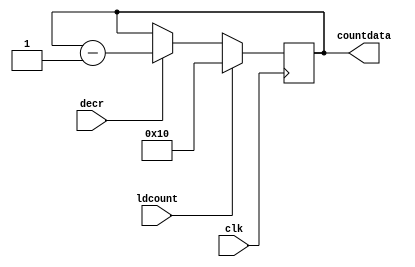

module bitcounter(countdata,decr,ldcount,clk);
     input decr,ldcount,clk;
	 output reg [4:0] countdata;
	 
	 always@(posedge clk)
	   begin
	       if(ldcount)
		      countdata <= 16; //since datain is of 16 bits width
		   else if(decr)
              countdata <= countdata - 1;			
	   end
	   
endmodule